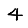
Digit: 4